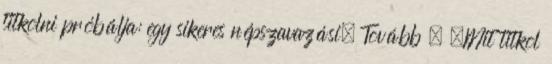
titkolni próbálja: egy sikeres népszavazási. Tovább › ›Mit titkol